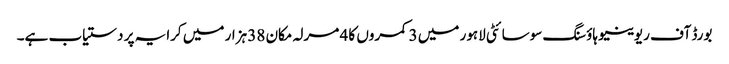
بورڈ آف ریوینیو ہاؤسنگ سوسائٹی لاہور میں 3 کمروں کا 4 مرلہ مکان 38 ہزار میں کرایہ پر دستیاب ہے۔